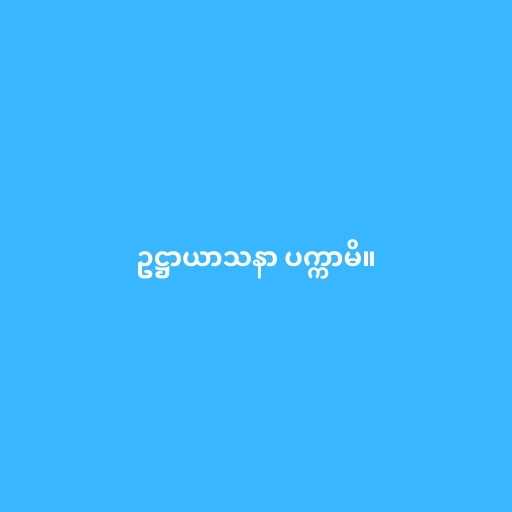
ဥဋ္ဌာယာသနာ ပက္ကာမိ။